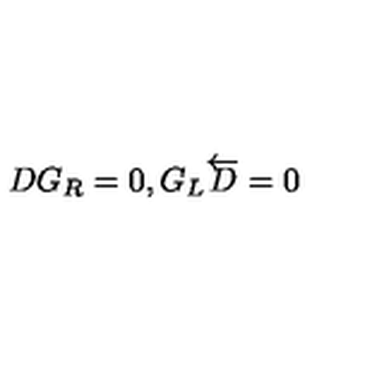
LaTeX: D G _ { R } = 0 , G _ { L } \overleftarrow { D } = 0